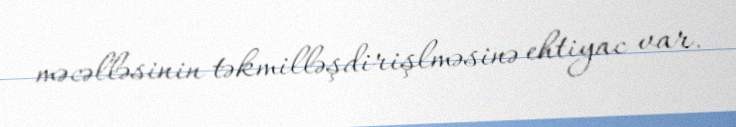
məcəlləsinin təkmilləşdirişlməsinə ehtiyac var.